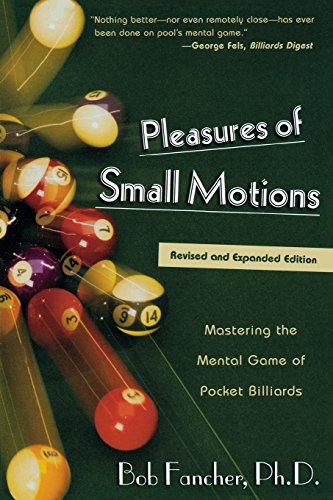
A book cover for Pleasures of Small Motions: Mastering the Mental Game of Pocket Billiards; Bob Fancher; Humor & Entertainment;